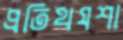
প্রতিথযশা